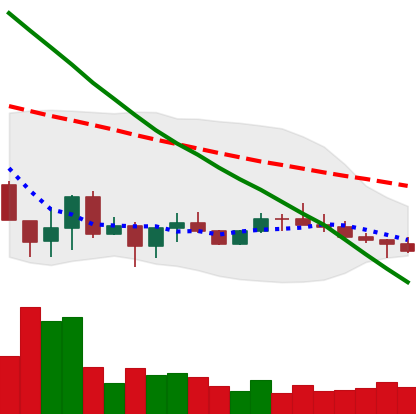
Ticker: ADA-USD
Chart end date: 2022-07-01
Forward return: 3.145%
Label: up_3_5